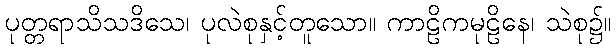
ပုတ္တရာသိသဒိသေ၊ ပုလဲစုနှင့်တူသော။ ကာဠိကမုဠိနေ၊ သဲစု၌။